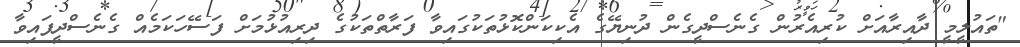
"ތައުލީމީ ދާއިރާއަށް ކުރިއެރުން ގެނެސްދީގެން ދުނިޔޭގެ އެކިކަންކޮޅުތަކުގައިވާ ފަރާތްތަކުގެ ދިރިއުޅުމަށް ފަސޭހަކަމެއް ގެނެސްދީފައިވާ